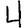
Digit: 4